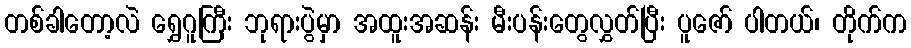
တစ်ခါတော့လဲ ရွှေဂူကြီး ဘုရားပွဲမှာ အထူးအဆန်း မီးပန်းတွေလွှတ်ပြီး ပူဇော် ပါတယ်၊ တိုက်က